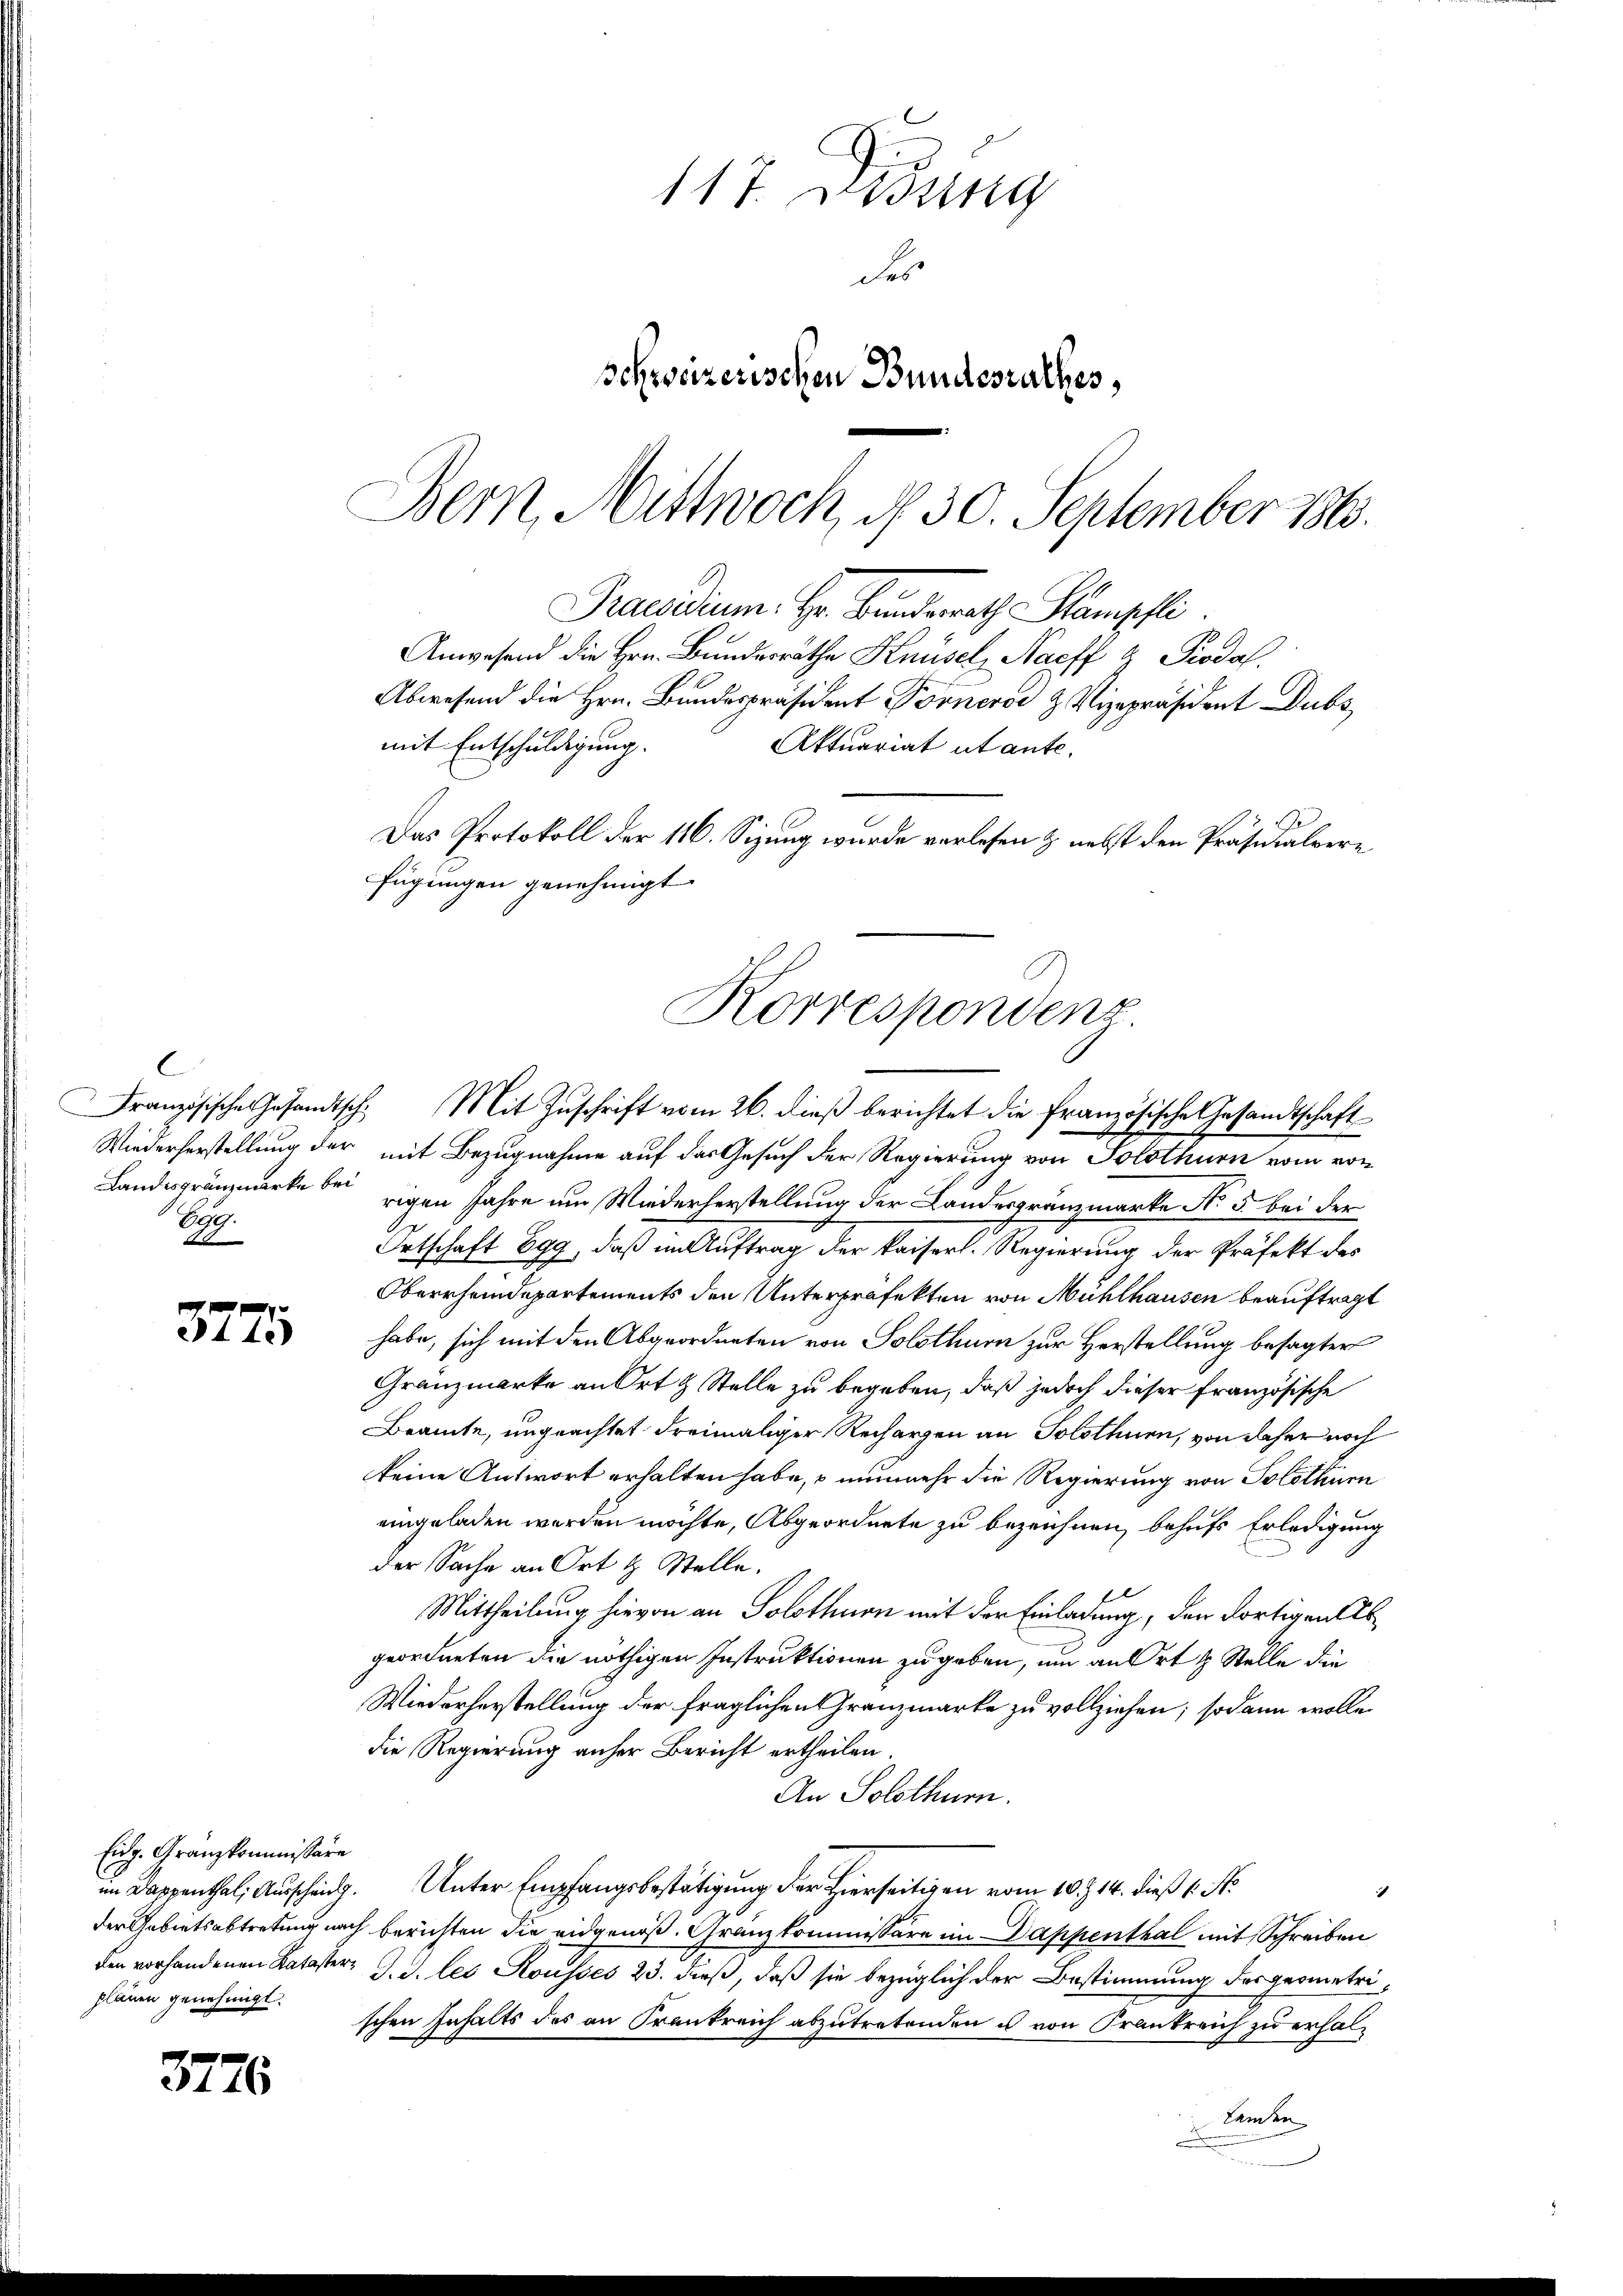
377

Eidg. Gränzkommissäre
plänen genehmigt.

3776

C
Egg.
0

117. Didung
des
schweizerischen Bundesrathes,

Bern, Mittwoch, d. 30. September 186.
Korrespondenz.
Französische Gesandtsch. Mit Zuschrift vom 26. dieß berichtet die französische Gesandtschaft

Anwesend die Hrn. Bundesräthe Knüsel, Naeff & Piodal
Abwesend die Hrn. Bundespräsident Pornerse & Vizepräsident Dubs
mit Entschuldigung.
Das Protokoll der 116. Sizung wurde vorlesen & nebst den Präsidialvere
fügungen genehmigt.

Wiederherstellung der mit Bezugnahme auf das Gesuch der Regierung von Solothurn vom von
Landesgränzmarke bei rigen Jahre um Wiederherstellung der Landesgränzmarke No 5 bei der
Ortschaft Egg, daß im Auftrag der kaiserl. Regierung der Präfekt des
Oberrheindepartements den Unterpräfekten von Mühlhausen beauftragt
habe, sich mit den Abgeordneten von Solothurn zur Herstellung besagter
Granzmarke an Ort & Stelle zu begeben, daß jedoch dieser französische
Bramte, ungeachtet dreimaliger Rechargen an Solothuen, von daher noch
keine Antwort erhalten habe, nunmehr die Regierung von Solothur
eingeladen worden möchte, Abgeordnete zu bezeichnen, behufs Erledigung
der Sache an Ort & Stelle.
Mittheilung hievon an Solothuon mit der Einladung, den dortigen Abgeordneten die nöthigen Instruktionen zu geben, um an Ort & Stelle die
Wiederherstellung der fraglichen Granzmarke zu vollziehen; sodann wolle
die Regierung anher Bericht ertheilen.
An Solothurn.
im Dappenthal; Ausscheidg. Unter Empfangsbestätigung der Hierseitigen vom 10. 14. dieß 6. No
1
der Gebietsabtretung nach Berichten die eidgenoß. Granzkommissäre im Dappenthal mit Schreiben
den vorhandenen Kataster J. J. les Rousses 23. dieß, daß sie bezüglich der Bestimmung des geometrischen Inhalts des an Frankreich abzutretenden u von Frankreich zu erhal¬
Samen

Praesidium. Hr. Bunderath Stampfli

Aktuariat ut ante.